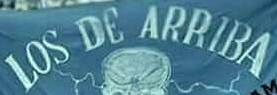
LOS DE ARRIBA